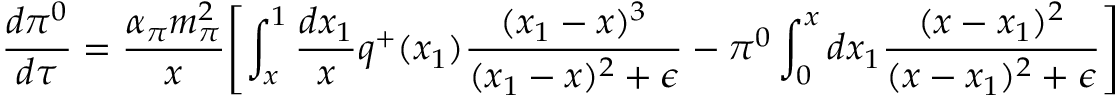
\frac { d \pi ^ { 0 } } { d \tau } = \frac { \alpha _ { \pi } m _ { \pi } ^ { 2 } } { x } { \left[ \int _ { x } ^ { 1 } \frac { d x _ { 1 } } { x } q ^ { + } ( x _ { 1 } ) \frac { ( x _ { 1 } - x ) ^ { 3 } } { ( x _ { 1 } - x ) ^ { 2 } + \epsilon } - \pi ^ { 0 } \int _ { 0 } ^ { x } d x _ { 1 } \frac { ( x - x _ { 1 } ) ^ { 2 } } { ( x - x _ { 1 } ) ^ { 2 } + \epsilon } \right] }